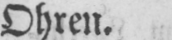
Ohren.